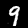
Digit: 9